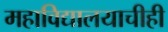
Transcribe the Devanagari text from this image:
महाविद्यालयाचीही